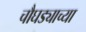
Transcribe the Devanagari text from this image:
चौघड्याच्या